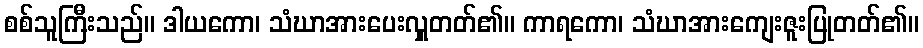
စစ်သူကြီးသည်။ ဒါယကော၊ သံဃာအားပေးလှူတတ်၏။ ကာရကော၊ သံဃာအားကျေးဇူးပြုတတ်၏။